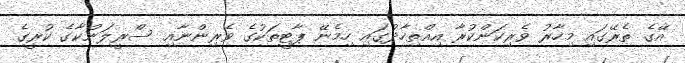
އޭގެ ތެރޭގައި މިހާރު ވެރިކަންކުރާ އިއްތިހާދުގައި ހިމެނޭ ޕާޓީތަކުގެ ވެރިންނާއި ސްރީލަންކާގެ ކުރީގެ